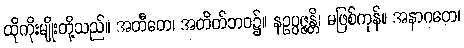
ထိုကိုးမျိုးတို့သည်။ အတီတေ၊ အတိတ်ဘဝ၌။ နဥပ္ပဇ္ဇန္တိ၊ မဖြစ်ကုန်။ အနာဂတေ၊